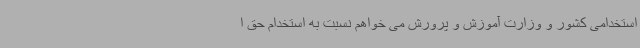
استخدامی کشور و وزارت آموزش و پرورش می خواهم نسبت به استخدام حق ا